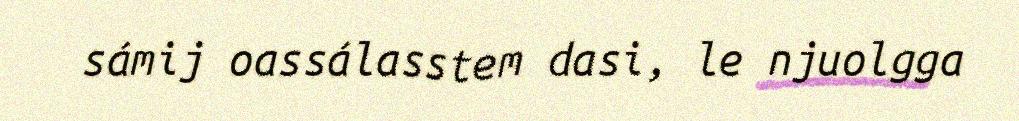
sámij oassálasstem dasi, le njuolgga